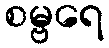
စမ္ဗရေ